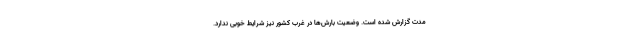
مدت گزارش شده است. وضعیت بارش‌ها در غرب کشور نیز شرایط خوبی ندارد.